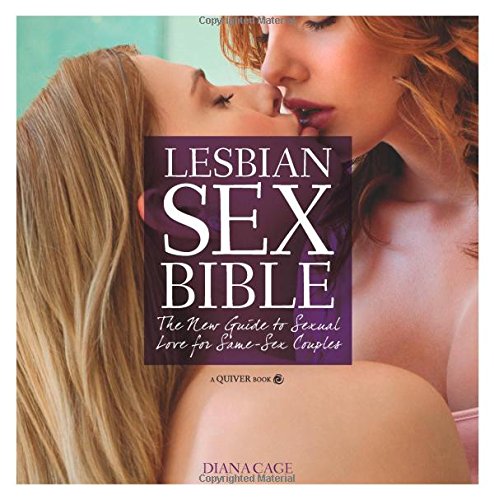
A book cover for Lesbian Sex Bible: The New Guide to Sexual Love for Same-Sex Couples; Diana Cage; Gay & Lesbian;